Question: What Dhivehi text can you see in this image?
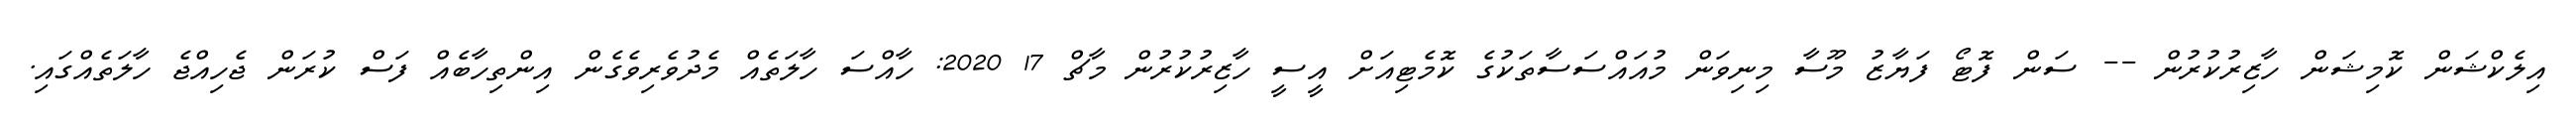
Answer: އިލެކްޝަން ކޮމިޝަން ހާޒިރުކުރުން -- ސަން ފޮޓޯ ފަޔާޒު މޫސާ މިނިވަން މުއައްސަސާތަކުގެ ކޮމެޓިއަށް އީސީ ހާޒިރުކުރުން މާޗް 17 2020: ހާއްސަ ހާލަތެއް މެދުވެރިވެގެން އިންތިހާބެއް ފަސް ކުރަން ޖެހިއްޖެ ހާލަތެއްގައި.